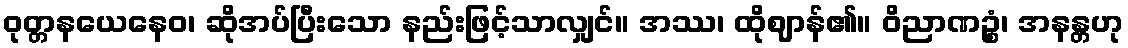
ဝုတ္တနယေနေဝ၊ ဆိုအပ်ပြီးသော နည်းဖြင့်သာလျှင်။ အဿ၊ ထိုဈာန်၏။ ဝိညာဏဉ္စံ၊ အနန္တဟု